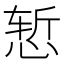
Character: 𰑧